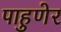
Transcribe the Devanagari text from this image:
पाहुणेर